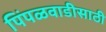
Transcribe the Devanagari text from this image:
पिंपळवाडीसाठी